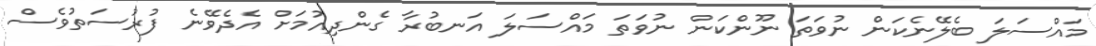
މައްސަލަ ބެލޭނެކަން ނުވަތަ ނޫންކަން ނުވަތަ މައްސަލަ އަނބުރާ ގެންދިއުމަށް އެދެވޭނެ ފުރުސަތުވެސް